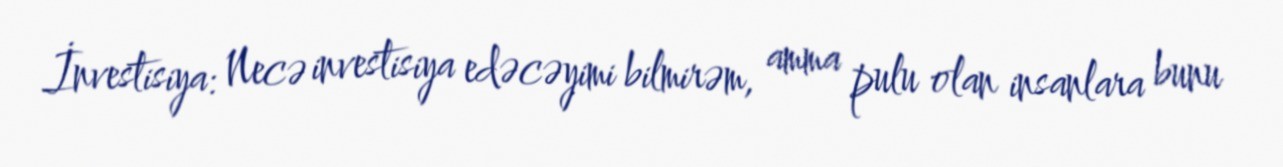
İnvestisiya: Necə investisiya edəcəyimi bilmirəm, amma pulu olan insanlara bunu